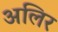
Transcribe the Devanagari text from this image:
अलिर